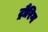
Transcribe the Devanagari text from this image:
ट्रौरिग